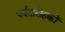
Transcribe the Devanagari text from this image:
पर्वतारोहकों